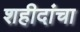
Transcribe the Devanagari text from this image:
शहीदांचा